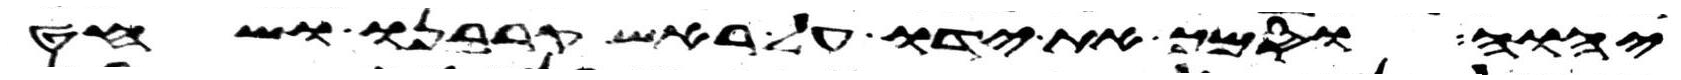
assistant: יהוה וסמך את ידו על ראש קרבנו ושחט